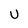
Character: U